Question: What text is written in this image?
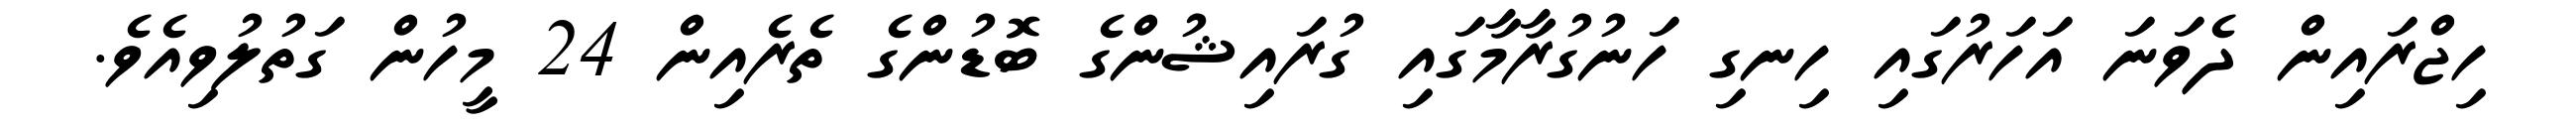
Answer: ހިޖްރައިން ދެވަނަ އަހަރުގައި ހިނގި ހަނުގުރާމާގައި ގުރައިޝުންގެ ބޮޑުންގެ ތެރެއިން 24 މީހުން ގަތުލުވިއެވެ.